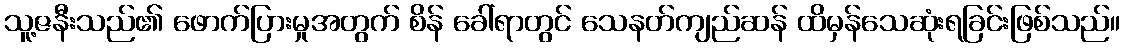
သူ့ဇနီးသည်၏ ဖောက်ပြားမှုအတွက် စိန် ခေါ်ရာတွင် သေနတ်ကျည်ဆန် ထိမှန်သေဆုံးရခြင်းဖြစ်သည်။